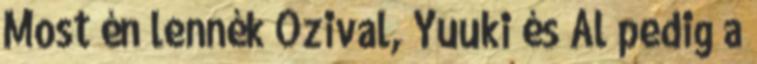
Most én lennék Ozival, Yuuki és Al pedig a